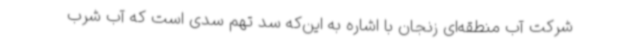
شرکت آب منطقه‌ای زنجان با اشاره به این‌که سد تهم سدی است که آب شرب